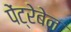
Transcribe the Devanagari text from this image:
पेंट्रेबेन